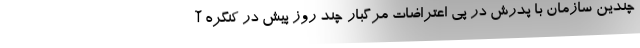
چندین سازمان با پدرش در پی اعتراضات مرگبار چند روز پیش در کنگره آ